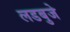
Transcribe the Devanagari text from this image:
लडबुजे